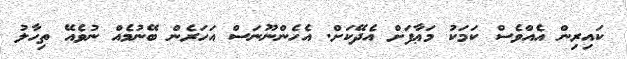
ކައިރިން އެއްވެސް ކަމަކު މަޢާފަށް އެދޭކަށް. އެހެންނޫނަސް އަހަރެން ބޭނުމެއް ނުވެއޭ ތިހާލު